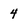
Character: 4